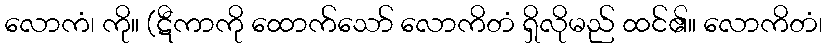
လောကံ၊ ကို။ (ဋီကာကို ထောက်သော် လောကိတံ ရှိလိုမည် ထင်၏။ လောကိတံ၊